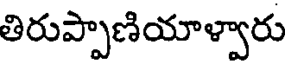
తిరుప్పాణియాళ్వారు